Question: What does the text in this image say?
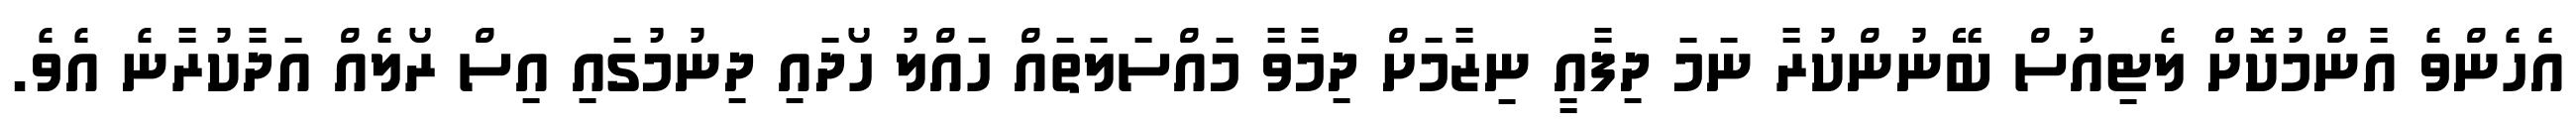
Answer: އެހެންވެ އާންމުކޮށް ލެޓިއުސް ބޭނުންކުރާ ނަމަ ދިފާއީ ނިޒާމަށް ދިމާވާ މައްސަލަތައް ހައްލު ހޯދައި ދިނުމުގައި އިސް ރޯލެއް އަދާކުރާނެ އެވެ.